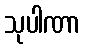
သုပါဏာ